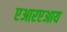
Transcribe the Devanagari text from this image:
एआरएआय